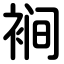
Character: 裥